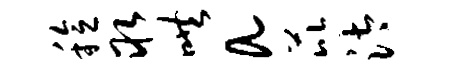
稔取哄a芘汰